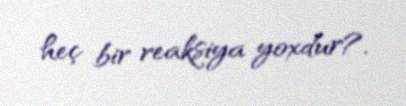
heç bir reaksiya yoxdur?.